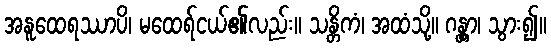
အနူထေရဿာပိ၊ မထေရ်ငယ်၏လည်း။ သန္တိကံ၊ အထံသို့။ ဂန္တွာ၊ သွား၍။